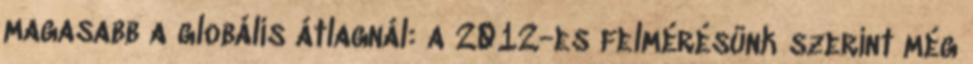
magasabb a globális átlagnál: a 2012-es felmérésünk szerint még